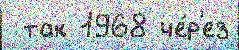
 так 1968 че́р'ез